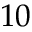
1 0